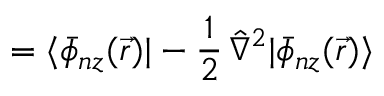
= \langle \bar { \phi } _ { n z } ( \vec { r } ) | - \frac { 1 } { 2 } \, \hat { \nabla } ^ { 2 } | \bar { \phi } _ { n z } ( \vec { r } ) \rangle